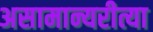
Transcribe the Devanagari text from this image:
असामान्यरीत्या